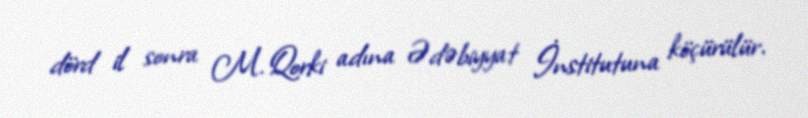
dörd il sonra M. Qorki adına Ədəbiyyat İnstitutuna köçürülür.